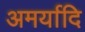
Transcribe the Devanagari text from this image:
अमर्यादि